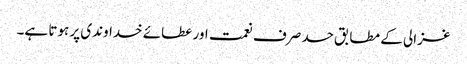
غزالی کے مطابق حسد صرف نعمت اور عطائے خداوندی پر ہوتا ہے۔